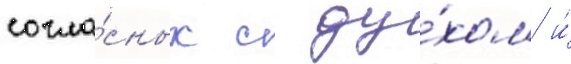
согла́сных с ду́хом и́